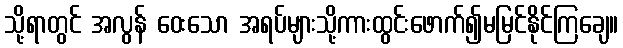
သို့ရာတွင် အလွန် ဝေးသော အရပ်များသို့ကားထွင်းဖောက်၍မမြင်နိုင်ကြချေ။